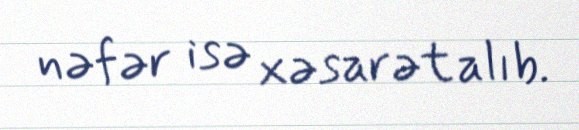
nəfər isə xəsarət alıb.